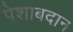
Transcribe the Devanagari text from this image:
पेशाबदान